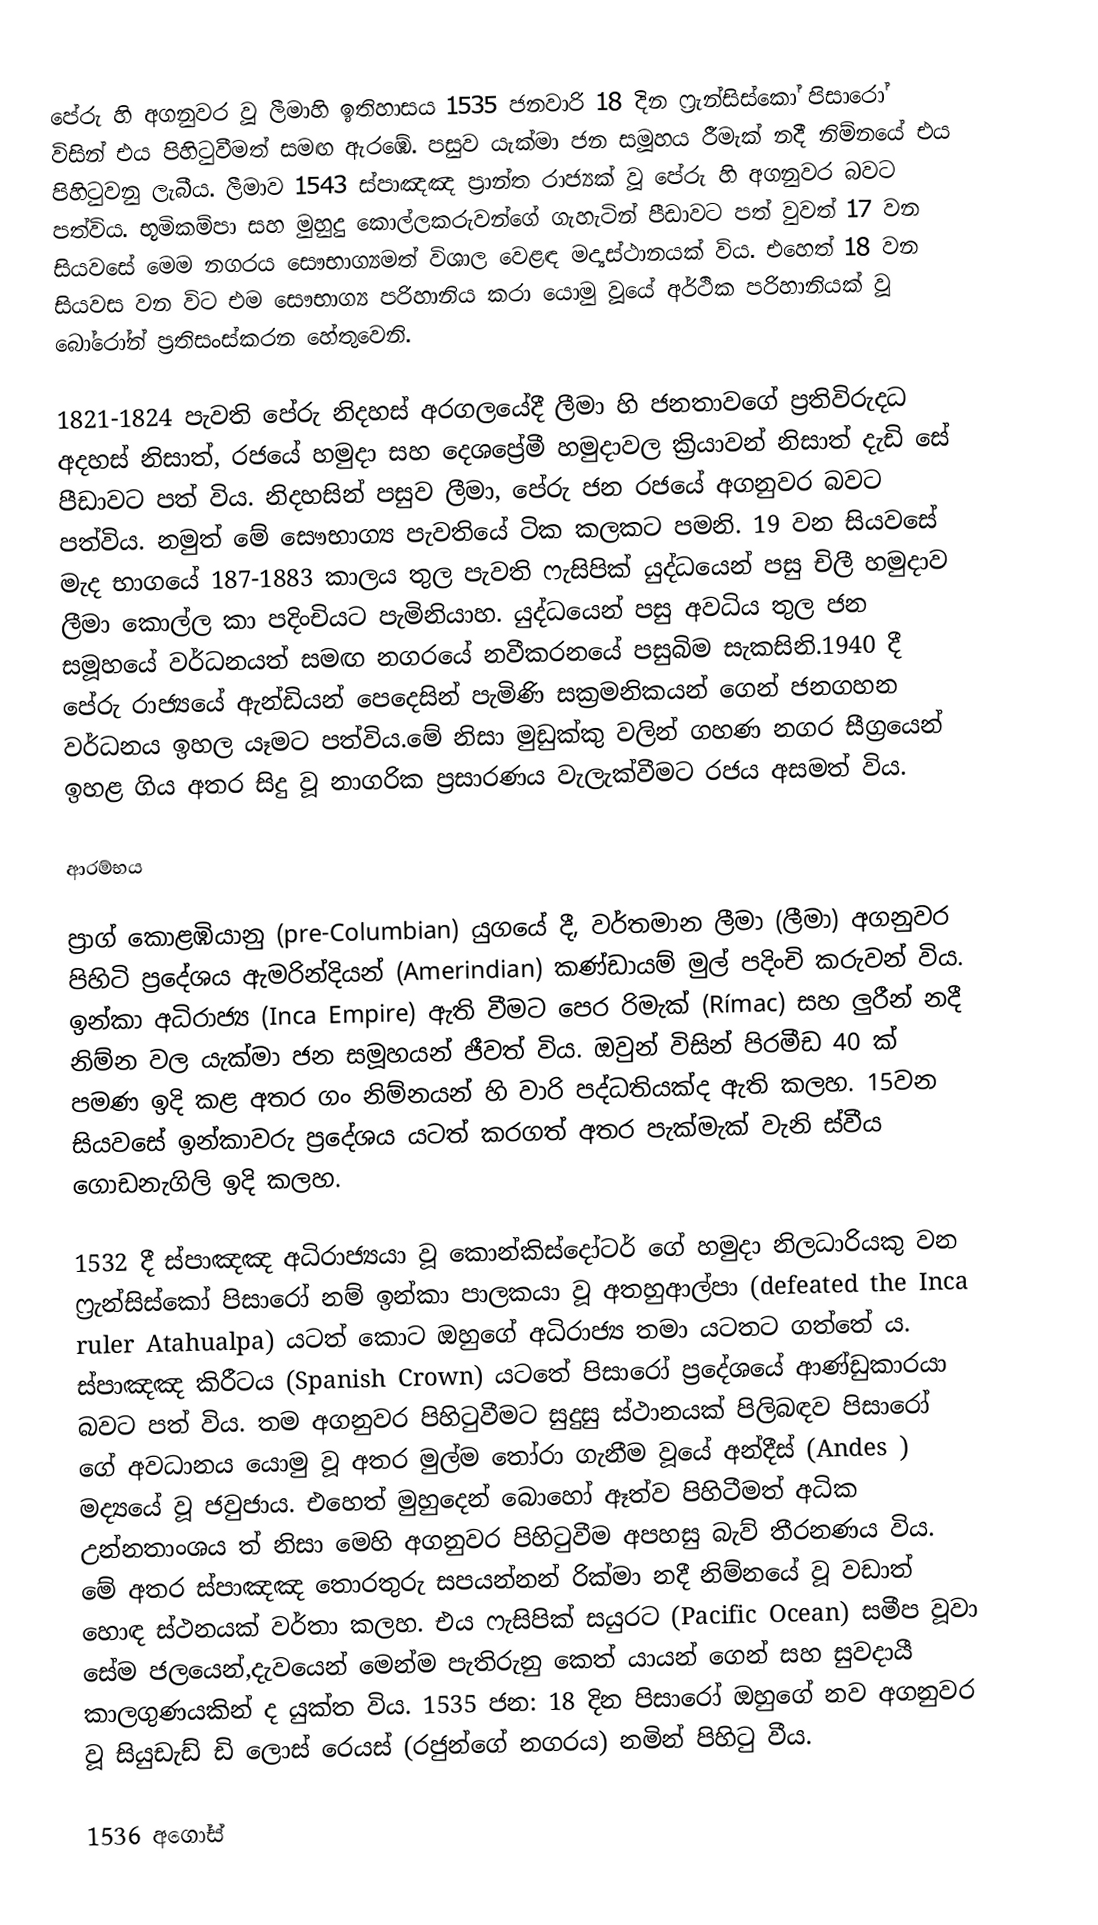
පේරු හි අගනුවර වූ ලීමාහි ඉතිහාසය 1535 ජනවාරි 18 දින ෆ්‍රැන්සිස්කෝ පිසාරෝ විසින් එය පිහිටුවීමත් සමඟ ඇරඹේ. පසුව යැක්මා ජන සමූහය රීමැක් නදී නිම්නයේ එය පිහිටුවනු ලැබීය​. ලීමාව​ 1543 ස්පාඤඤ ප්‍රාන්ත රාජ්‍යක් වූ පේරු හි අග​නුවර බවට පත්විය. භූමිකම්පා සහ මුහුදු කොල්ලකරුවන්ගේ ගැහැටින් පීඩාවට​ පත් වුවත් 17 වන සියවසේ මෙම නගරය සෞභාග්‍ය​මත් විශාල​ වෙළඳ මද්‍යස්ථානයක් විය. එහෙත් 18 වන සියවස වන විට​ එම සෞභාග්‍ය​ පරිහානිය​ කරා යොමු වූයේ අර්ථික පරිහානියක් වූ බෝරෝන් ප්‍රතිසංස්කරන හේතුවෙනි.

1821-1824 පැවති    පේරු නිදහස් අරගලයේදී ලීමා හි ජනතාවගේ ප්‍රතිවිරුදධ අදහස් නිසාත්, රජයේ හමුදා සහ දෙශප්‍රේමී හමුදාවල ක්‍රියාවන් නිසාත් දැඩි සේ පීඩාවට පත් විය​. නිදහසින් පසුව ලීමා, පේරු ජන රජයේ අගනුවර බවට පත්විය​. නමුත් මේ සෞභාග්‍ය පැවතියේ ටික කලකට පමනි. 19 වන සියවසේ මැද භාගයේ 187-1883 කාලය තුල පැවති ෆැසිපික් යුද්ධයෙන් පසු චිලී හමුදාව ලීමා කොල්ල කා පදිංචියට පැමිනියාහ​. යුද්ධයෙන් පසු අවධිය තුල ජන සමූහයේ වර්ධනයත් සමඟ නගරයේ නවීකරනයේ පසුබිම සැකසිනි.1940 දී පේරු රාජ්‍යයේ  ඇන්ඩියන් පෙදෙසින් පැමිණි සක්‍රමනිකයන් ගෙන් ජනගහන වර්ධනය ඉහල යෑමට පත්විය​.මේ නිසා මුඩුක්කු වලින් ගහණ නගර සීග්‍ර​යෙන් ඉහළ ගිය අතර සිදු වූ නාගරික ප්‍රසාරණය වැලැක්වීමට රජය අසමත් විය​.

ආරම්භය

ප්‍රාග් කොළඹියානු (pre-Columbian) යුගයේ දී, වර්තමාන ලීමා (ලීමා) අගනුවර පිහිටි ප්‍රදේශය ඇමරින්දියන් (Amerindian) කණ්ඩායම් මුල් පදිංචි කරුවන් විය​. ඉන්කා අධිරාජ්‍ය (Inca Empire) ඇති වීමට පෙර රිමැක් (Rímac) සහ ලුරීන් නදී නිම්න වල යැක්මා ජන සමූහයන් ජීවත් විය​. ඔවුන් විසින් පිරමීඩ 40 ක් පමණ ඉදි කළ අතර ගං නිම්නයන් හි වාරි පද්ධතියක්ද ඇති කලහ​. 15වන සියවසේ ඉන්කාවරු ප්‍රදේශය යටත් කරගත් අතර පැක්මැක් වැනි ස්වීය ගොඩනැගිලි ඉදි කලහ​.

1532 දී ස්පාඤඤ අධිරාජ්‍යයා වූ කොන්කිස්දෝටර් ගේ හමුදා නිලධාරියකු වන ෆ්‍රැන්සිස්කෝ පිසාරෝ නම් ඉන්කා පාලකයා වූ අතහුආල්පා (defeated the Inca ruler Atahualpa) යටත් කොට ඔහුගේ අධිරාජ්‍ය තමා යටතට ගත්තේ ය​. ස්පාඤඤ කිරීටය (Spanish Crown) යටතේ පිසාරෝ ප්‍රදේශයේ ආණ්ඩුකාරයා බවට පත් විය.​ තම අගනුවර පිහිටුවීමට සුදුසු ස්ථානයක් පිලිබඳව පිසාරෝ ගේ අවධානය යොමු වූ අතර මුල්ම තෝරා ගැනීම වූයේ අන්දීස් (Andes ) මද්‍යයේ වූ ජවුජාය​. එහෙත් මුහුදෙන් බොහෝ ඈත්ව පිහිටීමත් අධික උන්නතාංශය ත් නිසා මෙහි අගනුවර පිහිටුවීම අපහසු බැව් තීරනණය විය​. මේ අතර ස්පාඤඤ තොරතුරු සපයන්නන් රික්මා නදී නිම්නයේ වූ වඩාත් හොඳ ස්ථනයක් වර්තා කලහ​. එය ෆැසිපික් සයුරට (Pacific Ocean) සමීප වූවා සේම ජලයෙන්,දැවයෙන් මෙන්ම පැතිරුනු කෙත් යායන් ගෙන් සහ සුවදායී කාලගුණයකින් ද යුක්ත විය​. 1535 ජන​: 18 දින පිසාරෝ ඔහුගේ නව අගනුවර වූ සියුඩැඩ් ඩි ලොස් රෙයස් (රජුන්ගේ නගරය​) නමින් පිහිටු වීය.​

1536 අගෝස්